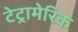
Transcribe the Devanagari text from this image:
टेट्रामेरिक